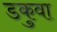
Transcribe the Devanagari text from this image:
डकुवा